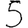
Digit: 5